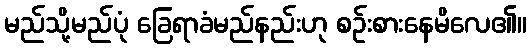
မည်သို့မည်ပုံ ခြေရာခံမည်နည်းဟု စဉ်းစားနေမိလေ၏။